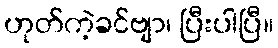
ဟုတ်ကဲ့ခင်ဗျာ၊ ပြီးပါပြီ။